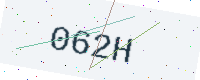
Text: 062H